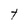
Character: t